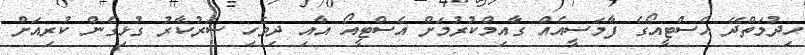
ހިދުމަތްދޭ އެސްޓީއޯގެ ފާމަސީއެއް ގާއިމްކުރުމަށް އެސްޓީއޯ އާއި ދިވެހި ސަރުކާރު ގުޅިގެން ކުރިއަށް